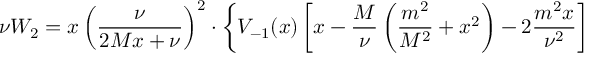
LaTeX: \nu W _ { 2 } = x \left( \frac \nu { 2 M x + \nu } \right) ^ { 2 } \cdot \left\{ V _ { - 1 } ( x ) \left[ x - \frac M \nu \left( \frac { m ^ { 2 } } { M ^ { 2 } } + x ^ { 2 } \right) - 2 \frac { m ^ { 2 } x } { \nu ^ { 2 } } \right] \right.